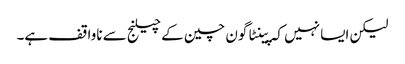
لیکن ایسا نہیں کہ پینٹاگون چین کے چیلنج سے ناواقف ہے۔